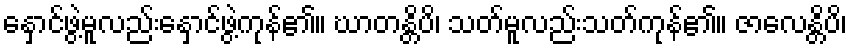
နှောင်ဖွဲ့မူလည်းနှောင်ဖွဲ့ကုန်၏။ ဃာတန္တိပိ၊ သတ်မူလည်းသတ်ကုန်၏။ ဇာလေန္တိပိ၊